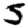
Digit: 5